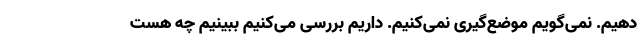
دهیم. نمی‌گویم موضع‌گیری نمی‌کنیم. داریم بررسی می‌کنیم ببینیم چه هست